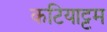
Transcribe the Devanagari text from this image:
कटियाट्टम